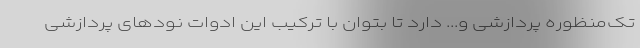
تک‌منظوره پردازشی و... دارد تا بتوان با ترکیب این ادوات نودهای پردازشی